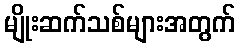
မျိုးဆက်သစ်များအတွက်